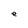
Character: e